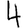
Digit: 4